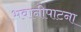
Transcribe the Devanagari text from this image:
भवानीपाटना